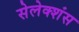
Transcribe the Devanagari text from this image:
सेलेक्शंस